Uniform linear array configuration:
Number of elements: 8
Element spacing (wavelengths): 1
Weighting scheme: hamming
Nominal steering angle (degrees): -45
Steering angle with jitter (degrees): -46.383
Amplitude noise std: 0.05
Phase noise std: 0.05

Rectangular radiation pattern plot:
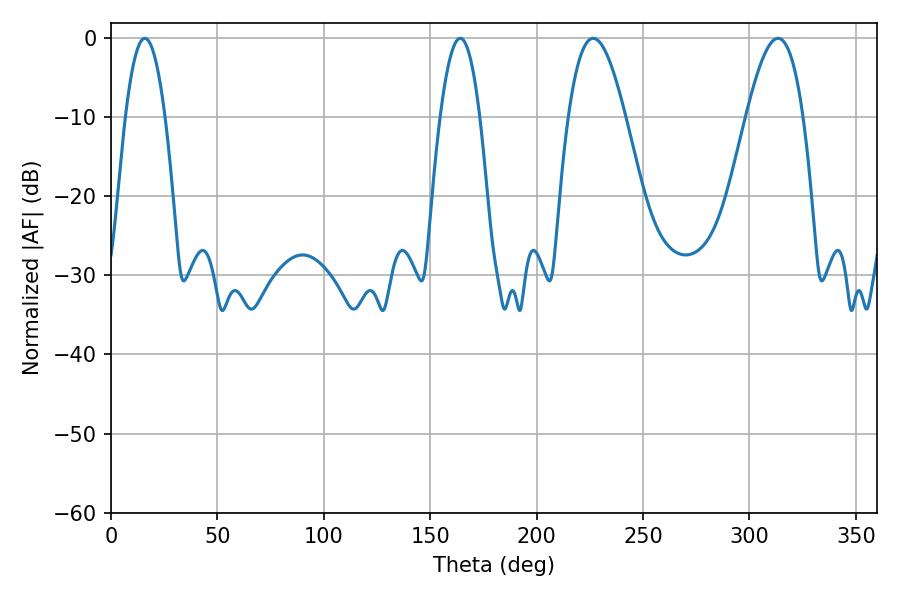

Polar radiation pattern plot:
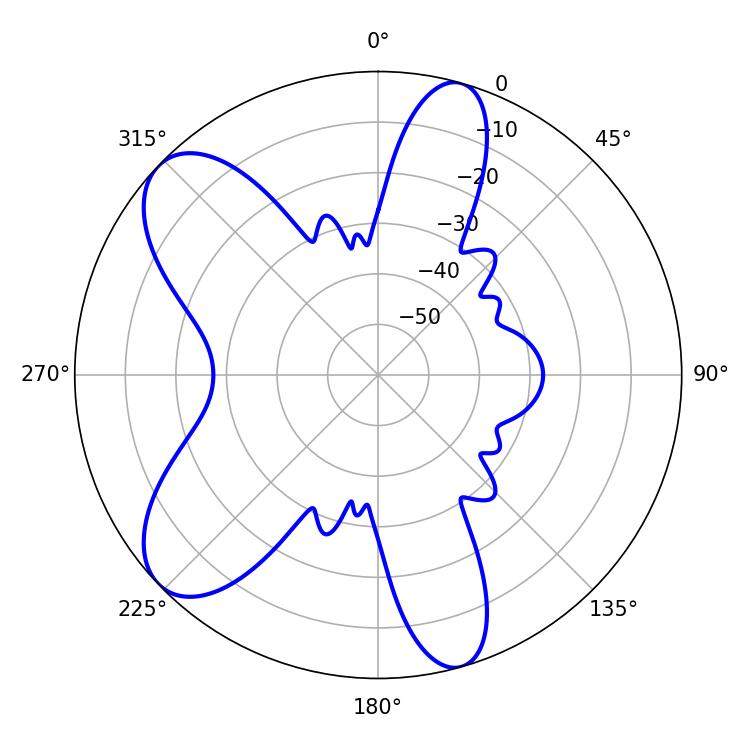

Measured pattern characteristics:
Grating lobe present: TRUE
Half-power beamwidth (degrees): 14.58
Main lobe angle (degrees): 226.62